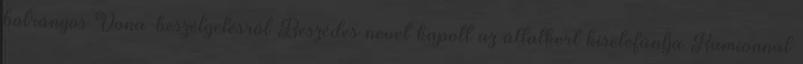
botrányos Vona-beszélgetésről Beszédes nevet kapott az állatkert kiselefántja Kamionnal